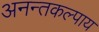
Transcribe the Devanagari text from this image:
अनन्तकल्पाय